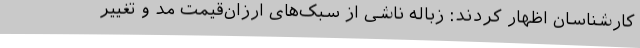
کارشناسان اظهار کردند: زباله ناشی از سبک‌های ارزان‌قیمت مد و تغییر